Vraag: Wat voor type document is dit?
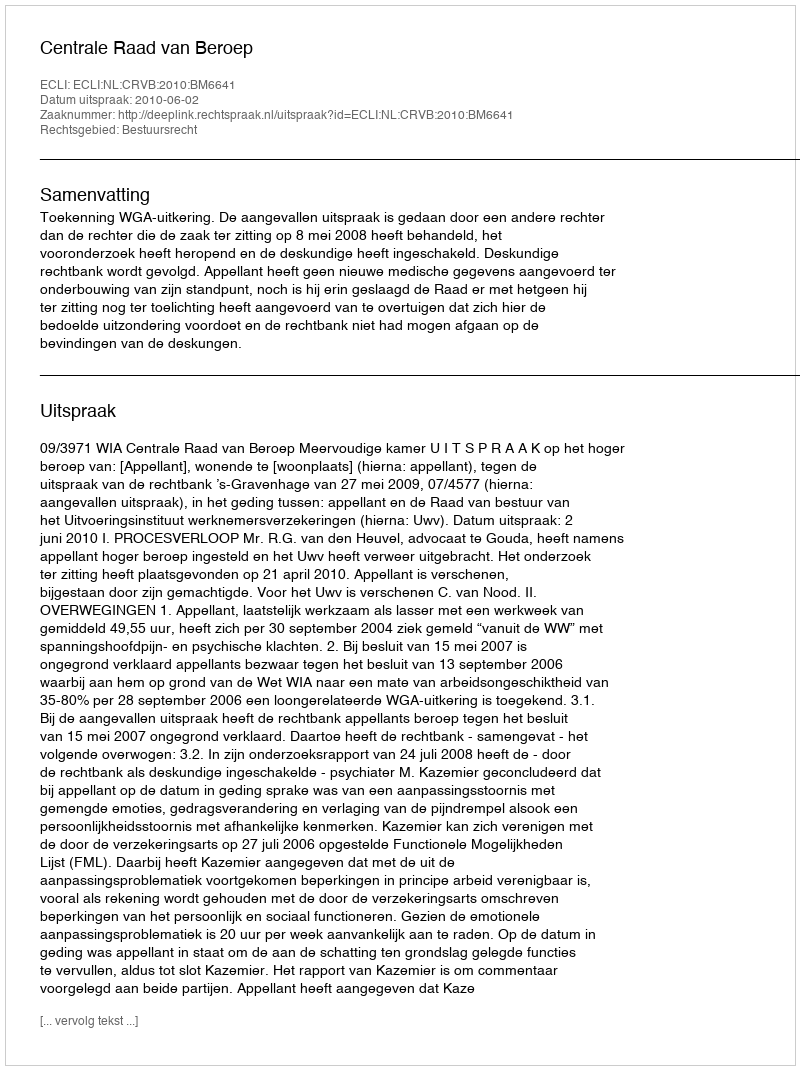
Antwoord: Uitspraak